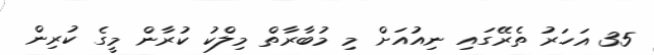
35 އަހަރު ތެރޭގައި ނިއުއަށް މި މުބާރާތް މިލްކު ކުރާން މީގެ ކުރިން